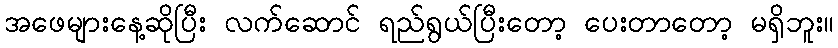
အဖေများနေ့ဆိုပြီး လက်ဆောင် ရည်ရွယ်ပြီးတော့ ပေးတာတော့ မရှိဘူး။